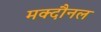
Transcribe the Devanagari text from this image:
मक्दौनल